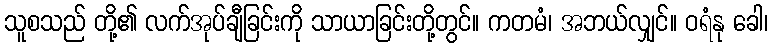
သူစသည် တို့၏ လက်အုပ်ချီခြင်းကို သာယာခြင်းတို့တွင်။ ကတမံ၊ အဘယ်လျှင်။ ဝရံနု ခေါ၊